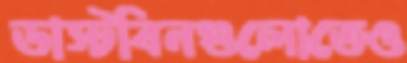
ডাস্টবিনগুলোতেও